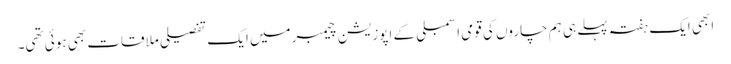
ابھی ایک ہفتہ پہلے ہی ہم چاروں کی قومی اسمبلی کے اپوزیشن چیمبرمیں ایک تفصیلی ملاقات بھی ہوئی تھی۔